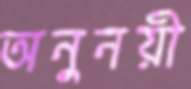
অনুনয়ী